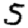
Digit: 5